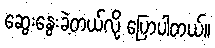
ဆွေးနွေးခဲ့တယ်လို့ ပြောပါတယ်။